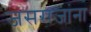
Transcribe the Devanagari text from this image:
जसराजांना